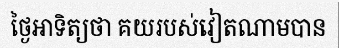
ថ្ងៃអាទិត្យថា គយរបស់វៀតណាមបាន